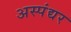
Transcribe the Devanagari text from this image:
अस्पंद्यर